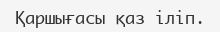
Қаршығасы қаз іліп.